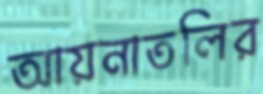
আয়নাতলির